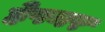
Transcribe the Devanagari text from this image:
हेपनर